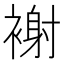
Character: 𧛼